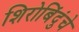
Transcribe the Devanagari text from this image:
शिरोबिंदुंचे